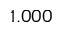
1 . 0 0 0